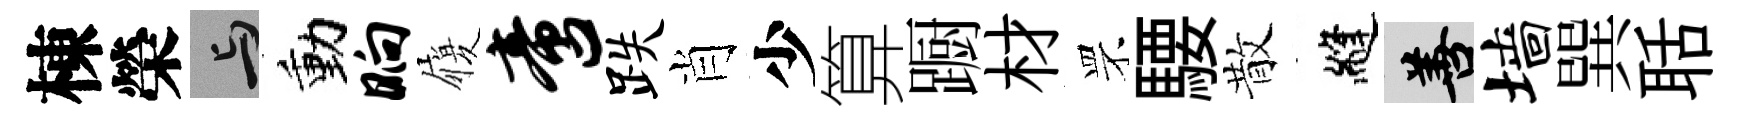
棟榮与動晌履啻跌肖少算蹰材罘騕散縫善墙巽聒